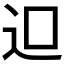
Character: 𨑕